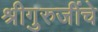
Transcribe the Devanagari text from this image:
श्रीगुरुजींचे